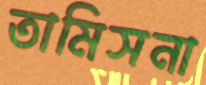
তামিসনা